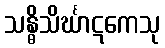
သန္ဓိသိင်္ဃာဋကေသု